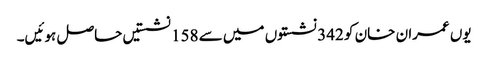
یوں عمران خان کو 342 نشستوں میں سے 158 نشستیں حاصل ہوئیں۔